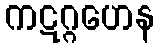
ကဋဂ္ဂဟေန